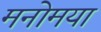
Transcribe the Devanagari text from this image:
मनोमया